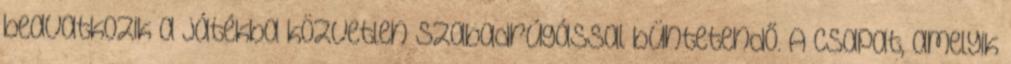
beavatkozik a játékba közvetlen szabadrúgással büntetendő. A csapat, amelyik